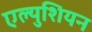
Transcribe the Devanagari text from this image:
एल्युशियन